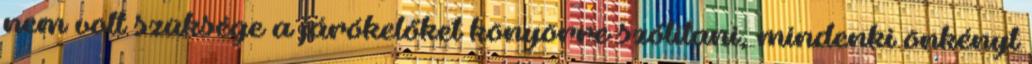
nem volt szüksége a járókelőket könyörre szólítani, mindenki önkényt